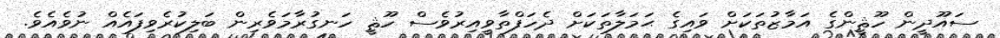
ސައޫދީން ހޫޘީންގެ އަމާޒުތަކަށް ވައިގެ ޙަމަލާތަކަށް ދެހަފްތާވީއިރުވެސް ހޫޘީ ހަނގުރާމަވެރިން ބަލިކުރެވިފައެއް ނުވެއެވެ.